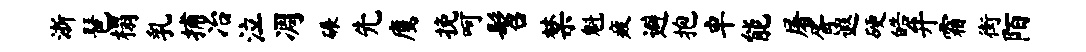
浙琶榻乳捕冶泣凋碾先鹰挽呵髫禁魁疲避抱卓能屠胥遐硬皓弁霜街陌